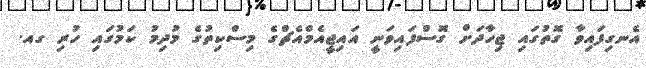
އެނގިފައިވާ ގޮތުގައި ޖިހާދަށް ގޮސްފައިވަނީ އައިޖީއެމްއެޗްގެ މިސްކިތުގެ މުދިމު ކަމުގައި ހުރި ގއ.